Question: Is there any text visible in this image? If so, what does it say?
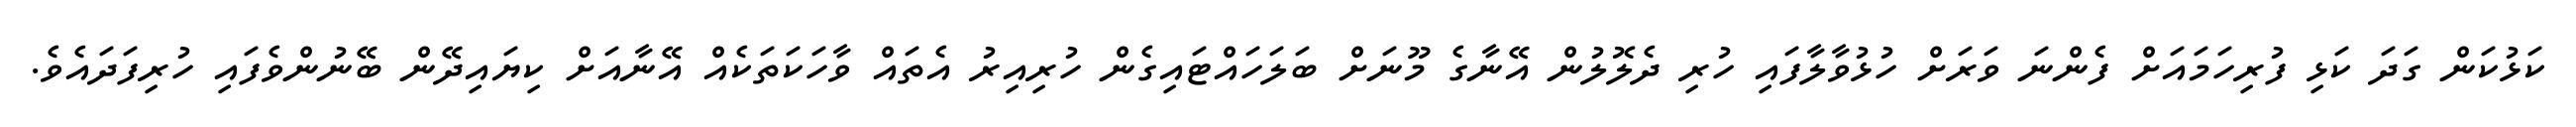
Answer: ކަޅުކަން ގަދަ ކަޅި ފުރިހަމައަށް ފެންނަ ވަރަށް ހުޅުވާލާފައި ހުރި ދެލޮލުން އޭނާގެ މޫނަށް ބަލަހައްޓައިގެން ހުރިއިރު އެތައް ވާހަކަތަކެއް އޭނާއަށް ކިޔައިދޭން ބޭނުންވެފައި ހުރިފަދައެވެ.